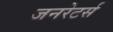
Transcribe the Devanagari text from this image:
जनरेटर्स